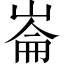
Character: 崙